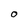
Character: o